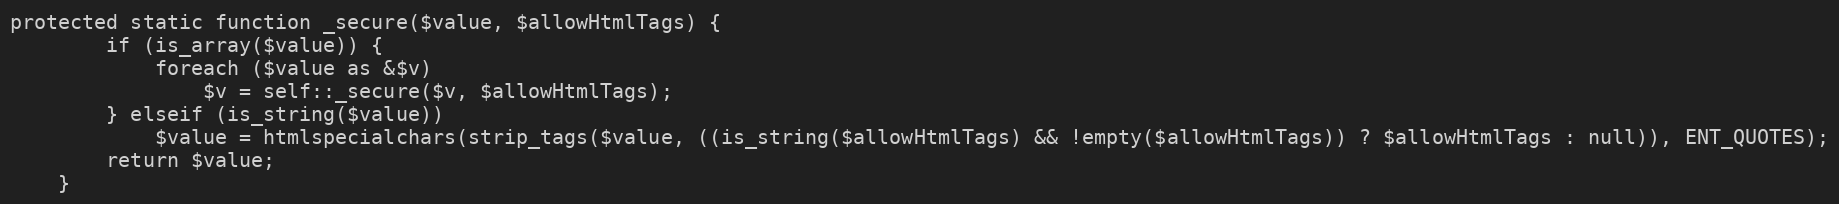
Language: PHP
protected static function _secure($value, $allowHtmlTags) {
        if (is_array($value)) {
            foreach ($value as &$v)
                $v = self::_secure($v, $allowHtmlTags);
        } elseif (is_string($value))
            $value = htmlspecialchars(strip_tags($value, ((is_string($allowHtmlTags) && !empty($allowHtmlTags)) ? $allowHtmlTags : null)), ENT_QUOTES);
        return $value;
    }